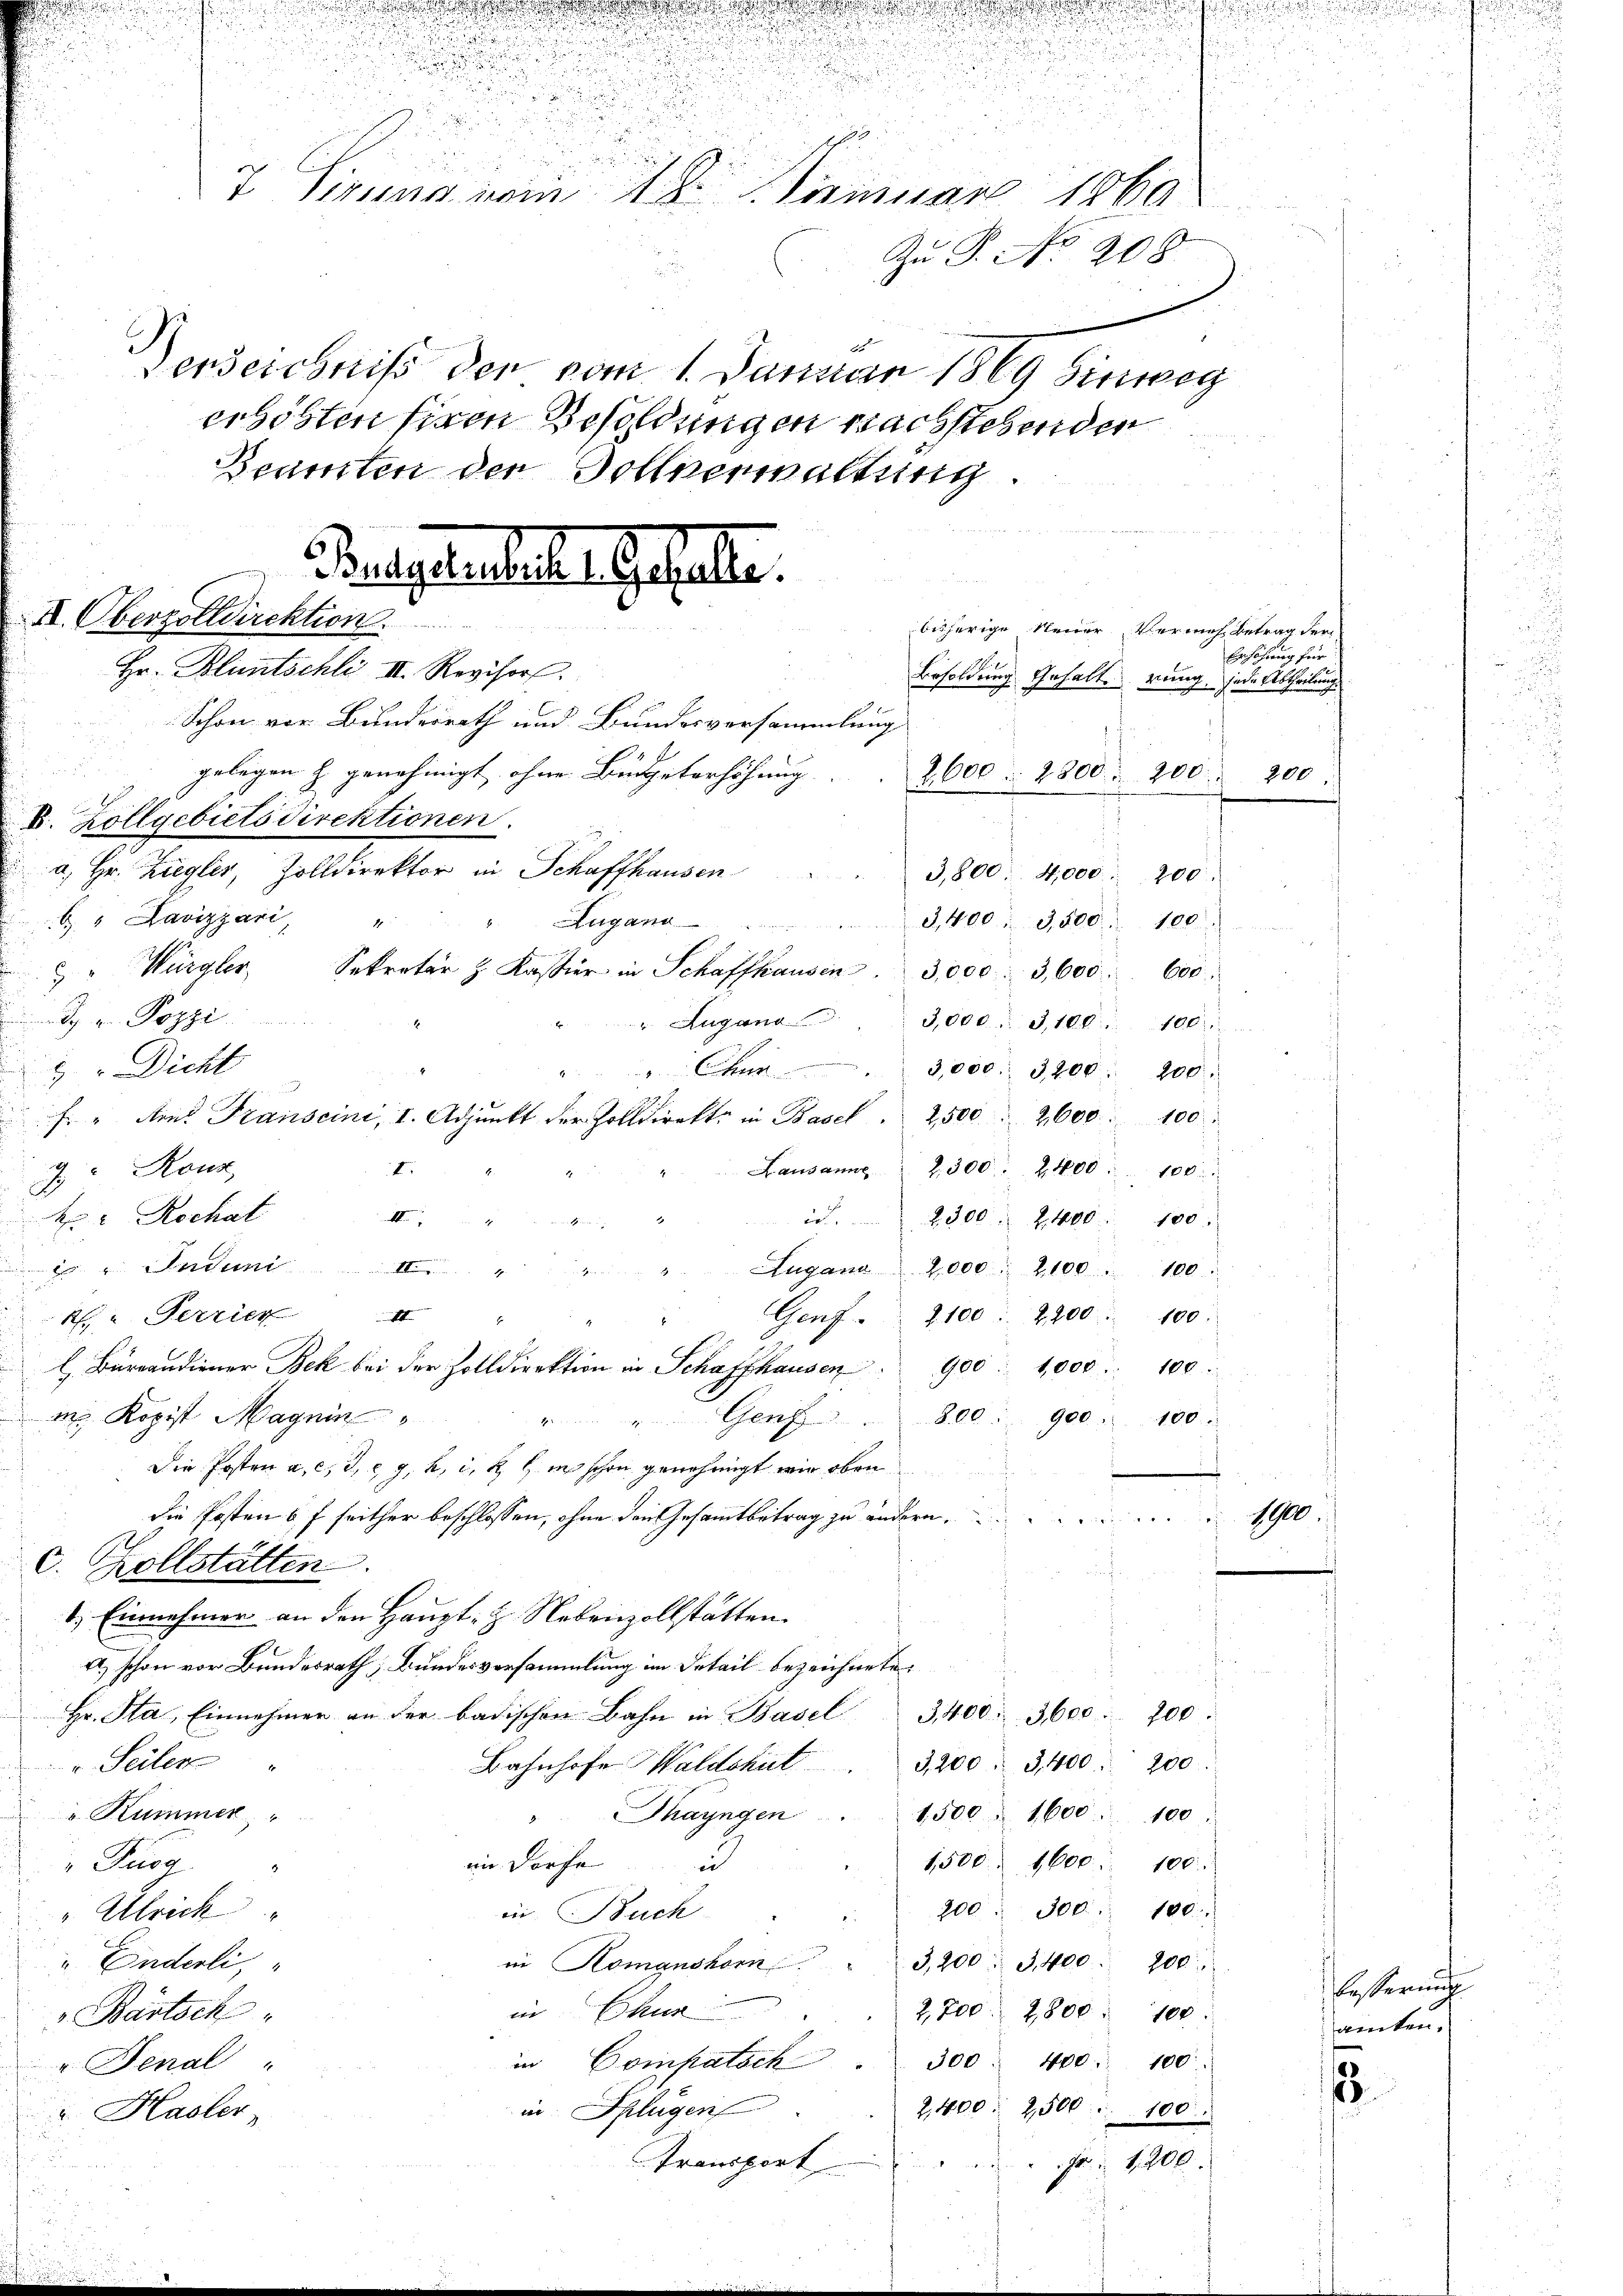
Pulgelerliche Gestatte.
II. Oberzolldirektion
Hr. Bluntschli III. Revisor

.
.

7 Sirern vom 18. Mirinuar 1860
Zu P. No 208.

Derzeichniß der vom 1. Januar 1869 hinweg

Beamten der Dollverwaltung.

Schon vor Bundesrath und Bundesversammlung
gelegen z. genehmigt, ohne Budgeterhöhung
a. Hr. Ziegler, Zolldirektor in Schaffhausen

.

52

x
erhöhten sinen Besoldungen Nachstehenden
bäherige Neuer Vermehr Betrag der
Besoldung Gehalte rung, jede Abtheilung
2600 : 2800. 200. 200.
 Zollgebietsdirektionen.
3,800. 4,000. 200.
" Lavizzari,
Zugano
3,400, 3,500. 100.
4
6
 " Würgler Sekretär z. Kassier in Schaffhausen 3,000 : 3,600. 600.
 Pozzi
3,000. 3,100. 100
" Lugano
 Dicht
Chur
3,000. 3200. 200.
.
F. " Amt Franscini, I. Adjunkt der Zolldirekte in Basel. 2,500. 2600. 100
Lausanne 2. 300. 2400 : 100.
2
g" Rouz,
4 Rochat
id. 2300. 2400. 100.
4
der Eisen
 " Induni II. " " " Augano 2,000 : 2100 " 100
1
R. u. Perrier
Genf. 2100. 2200. 100.
7
l. Brandiener Bek bei der Zolldirektion in Schaffhausen. 900 : 1,000 : 100.
m. Kopist Magnin
Genf 800. 900. 100
4
Die Posten a. c. d. 29. 2, i. R. G. in schon genehmigt wir oben
die Posten 6 f seither beschlossen, ohne den Gesammtbetrag zu andern. 1900.
v. Rollstätten.
f
1.) Einnehmer an den Haupt-Z. Nebenzollstätten.
A.) schon vor Bundesrath, Bundesversammlung im Detail bezeichnete
Hr. Sta, Einnehmer an der badischen Bahn in Basel
3400. 3600. 200
" Seilen.
Bahnhofe Waldshut 3, 200 " 3400. 200
Thayngen
" Kümmer
1,500. 1600. 100
im Dorfe
1500. 1600. 100.
Purg
in
200 " 300. 100.
Ulrich
on Buch
in Komanshorn 3,200. 3, 400. 200.
 Enderli,
in Chur
2,200. 2800 : 100.
Bartsch
in Compatsch " 300
400. 100
r. Jenal
2,400. 2500
in Splügen
100:
2. Hasler,

n
Aransport
Fr. 1200.

Erhöhung für

eternich
amten.

.